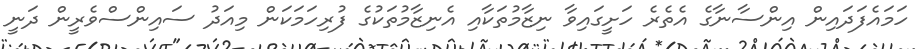
ހަމައެފަދައިން އިންސާނާގެ އެތެރެ ހަށީގައިވާ ނިޒާމުތަކާއި އެނިޒާމުތަކުގެ ފުރިހަމަކަން މިއަދު ސައިންސްވެރީން ދަނީ